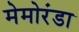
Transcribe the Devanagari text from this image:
मेमोरंडा